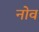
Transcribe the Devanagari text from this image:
नोव